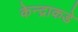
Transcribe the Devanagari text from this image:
केन्द्राकडे